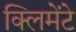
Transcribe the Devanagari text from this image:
क्लिमेंटे